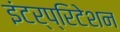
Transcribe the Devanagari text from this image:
इंटर्प्रिटेशन